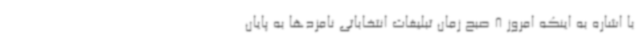
با اشاره به اینکه امروز 8 صبح زمان تبلیغات انتخاباتی نامزدها به پایان